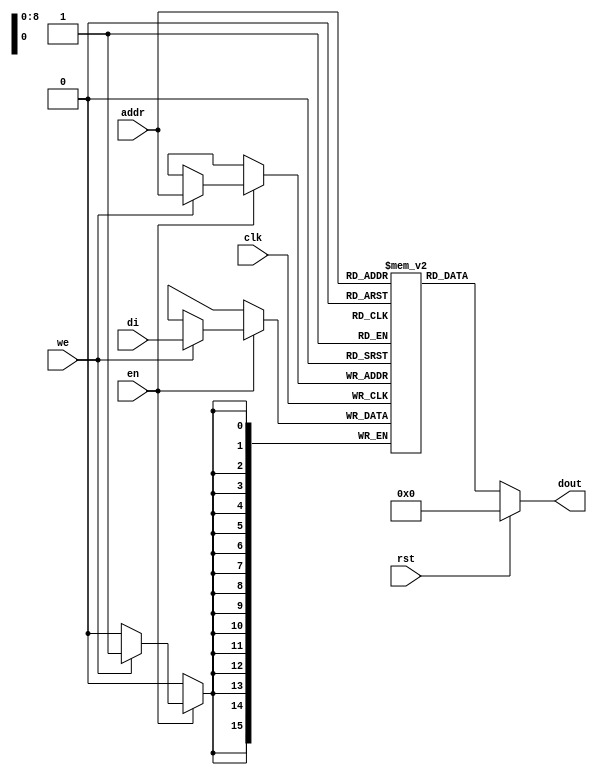

module rams_sp_rf_rst_en_async_512x16 (clk, we, en, rst, addr, di, dout);
input clk;
input we;
input en;
input rst;
input [8:0] addr;
input [15:0] di;
output [15:0] dout;

reg [15:0] RAM [511:0];

always @(posedge clk)
    begin
        if (en)
        begin
            if (we)
                RAM[addr] <= di;
        end
    end

assign dout = rst ? 0 : RAM[addr];
endmodule